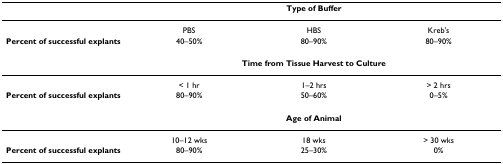
<table><thead><tr><td></td><td colspan="3"><b>Type of Buffer</b></td></tr></thead><tbody><tr><td></td><td>PBS</td><td>HBS</td><td>Kreb&#x27;s</td></tr><tr><td><b>Percent of successful explants</b></td><td>40–50%</td><td>80–90%</td><td>80–90%</td></tr><tr><td></td><td colspan="3"><b>Time from Tissue Harvest to Culture</b></td></tr><tr><td></td><td>&lt; 1 hr</td><td>1–2 hrs</td><td>&gt; 2 hrs</td></tr><tr><td><b>Percent of successful explants</b></td><td>80–90%</td><td>50–60%</td><td>0–5%</td></tr><tr><td></td><td colspan="3"><b>Age of Animal</b></td></tr><tr><td></td><td>10–12 wks</td><td>18 wks</td><td>&gt; 30 wks</td></tr><tr><td><b>Percent of successful explants</b></td><td>80–90%</td><td>25–30%</td><td>0%</td></tr></tbody></table>